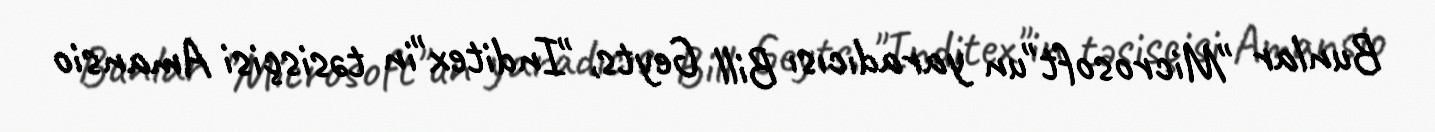
Bunlar "Microsoft"un yaradıcısı Bill Geyts, "Inditex"in təsisçisi Amansio